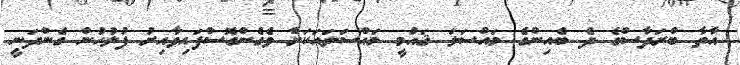
އާތާ ބްރަދާސްގެ ދެ ބެއިންގެ މައްސަލަ ޤައުމީ މައްސަލައަކަށް ވެގެންގޮސްފައިވާއިރު ފުލުހުން ގެންދަނީ